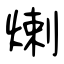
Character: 𤊶